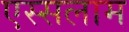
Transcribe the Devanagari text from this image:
एस्सलाम